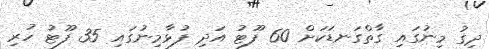
ދިގު މިނުގައި ގާތްގަނޑަކަށް 60 ފޫޓު އަދި ފުޅާމިނުގައި 35 ފޫޓު ހުރި